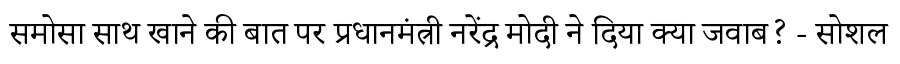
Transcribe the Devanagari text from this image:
समोसा साथ खाने की बात पर प्रधानमंत्री नरेंद्र मोदी ने दिया क्या जवाब? - सोशल